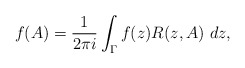
\begin{align*}f(A)=\frac{1}{2\pi i} \int_{\Gamma} f(z)R(z,A)\ dz,\end{align*}